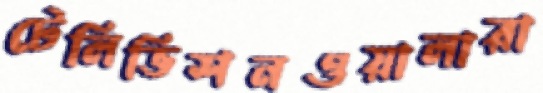
টেলিভিশনওয়ালারা